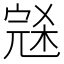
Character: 𰍑